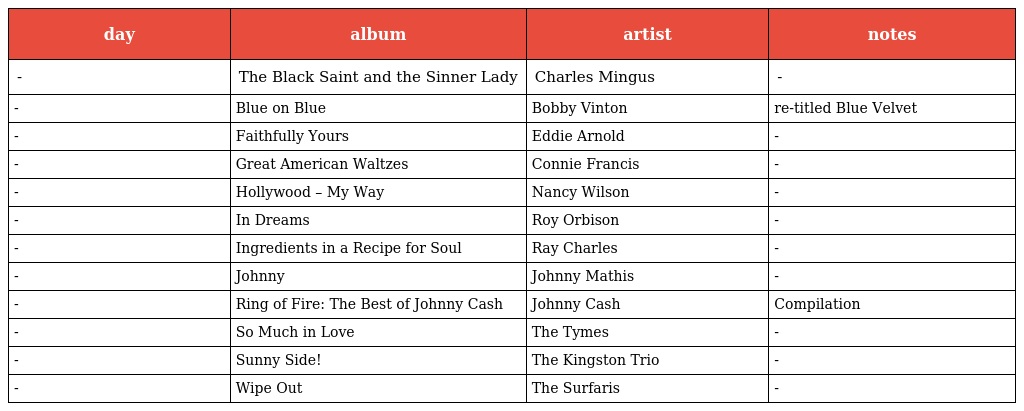
| day | album | artist | notes |
 | --- | --- | --- | --- |
 | - | The Black Saint and the Sinner Lady | Charles Mingus | - |
 | - | Blue on Blue | Bobby Vinton | re-titled Blue Velvet |
 | - | Faithfully Yours | Eddie Arnold | - |
 | - | Great American Waltzes | Connie Francis | - |
 | - | Hollywood – My Way | Nancy Wilson | - |
 | - | In Dreams | Roy Orbison | - |
 | - | Ingredients in a Recipe for Soul | Ray Charles | - |
 | - | Johnny | Johnny Mathis | - |
 | - | Ring of Fire: The Best of Johnny Cash | Johnny Cash | Compilation |
 | - | So Much in Love | The Tymes | - |
 | - | Sunny Side! | The Kingston Trio | - |
 | - | Wipe Out | The Surfaris | - |